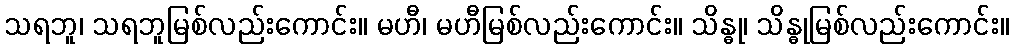
သရဘူ၊ သရဘူမြစ်လည်းကောင်း။ မဟီ၊ မဟီမြစ်လည်းကောင်း။ သိန္ဓု၊ သိန္ဓုမြစ်လည်းကောင်း။